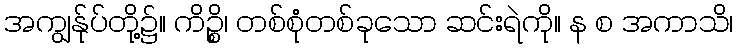
အကျွန်ုပ်တို့၌။ ကိဉ္စိ၊ တစ်စုံတစ်ခုသော ဆင်းရဲကို။ န စ အကာသိ၊